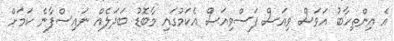
އެ އިންތިހާބު އަވަސް ވިއަސް ފަސްވިއަސް އެކަމުގައި މާބޮޑު ބަދަލެއް ނައިސްފާނެ ކަމަށް